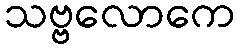
သဗ္ဗလောကေ